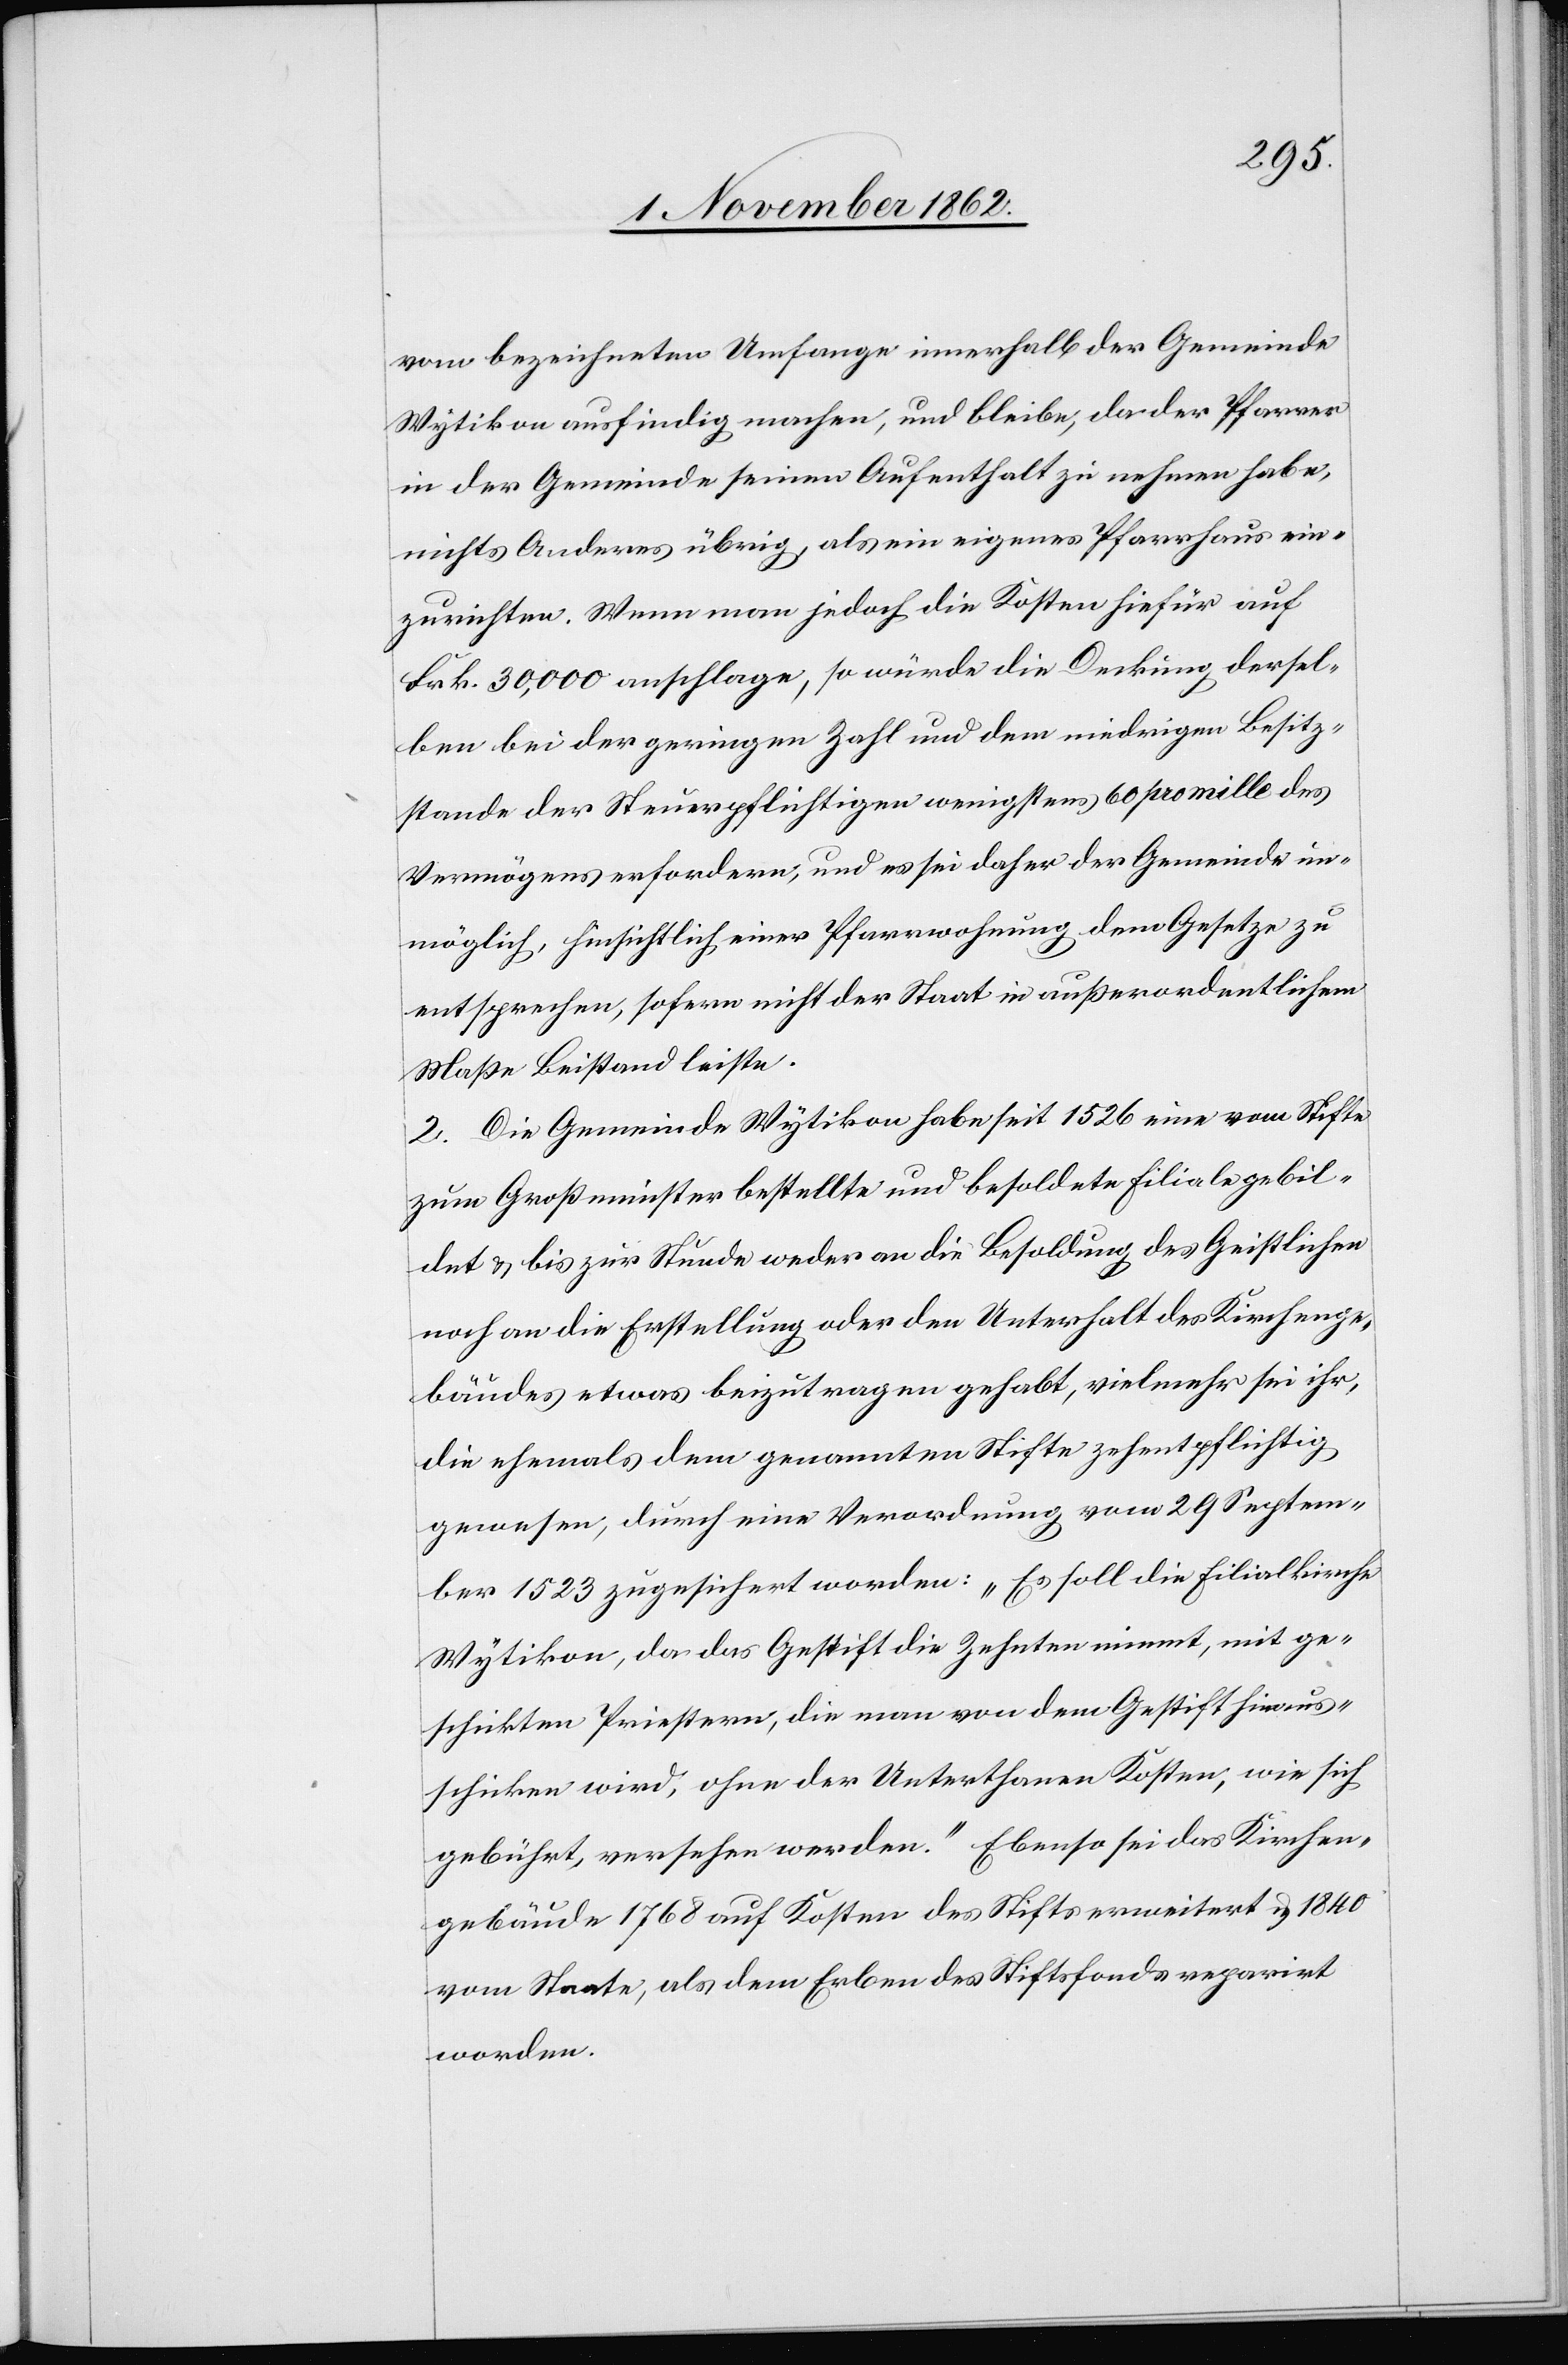
vom bezeichneten Umfange innerhalb der Gemeinde
Wytikon ausfindig machen, und bleibe, da der Pfarrer
in der Gemeinde seinen Aufenthalt zu nehmen habe,
nichts Anderes übrig, als ein eigenes Pfarrhaus ein¬
zurichten. Wenn man jedoch die Kosten hiefür auf
Frk. 30,000 anschlage, so würde die Deckung dessel¬
ben bei der geringen Zahl und dem niedrigen Besitzu¬
mstande der Steuerpflichtigen wenigstens 60 pro mille des
Vermögens erfordern, und es sei daher der Gemeinde un¬
möglich, hinsichtlich einer Pfarrwohnung dem Gesetze zu
entsprechen, sofern nicht der Staat in außerordentlichem
Maße Beistand leiste.
2. Die Gemeinde Wytikon habe seit 1526 eine vom Stifte
zum Großmünster bestellte und besoldete Filiale gebil¬
det u. bis zur Stunde weder an die Besoldung des Geistlichen
noch an die Erstellung oder den Unterhalt des Kirchenge¬
bäudes etwas beizutragen gehabt, vielmehr sei ihr,
die ehemals dem genannten Stifte zehentpflichtig
gewesen, durch eine Verordnung vom 29. Septem¬
ber 1523 zugesichert worden: „Es soll die Filialkirche
Wytikon, da das Gestift die Zehnten nimmt, mit ge¬
schikten Priestern, die man von dem Gestift hinaus¬
schiken wird, ohne der Unterthanen Kosten, wie sich
gebührt, versehen werden.“ Ebenso sei das Kirchen¬
gebäude 1768 auf Kosten des Stifts erweitert u. 1840
vom Staate, als dem Erben des Stiftsfonds reparirt
worden.